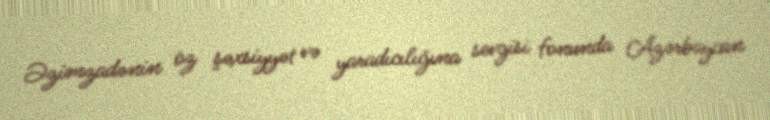
Əzimzadənin öz şəxsiyyət və yaradıcılığına sevgisi fonunda Azərbaycan